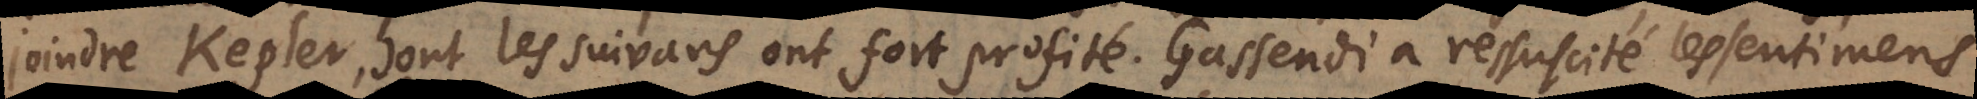
joindre Kepler, dont les suuivans ont fort profité. Gassendi a ressuscité les sentimens